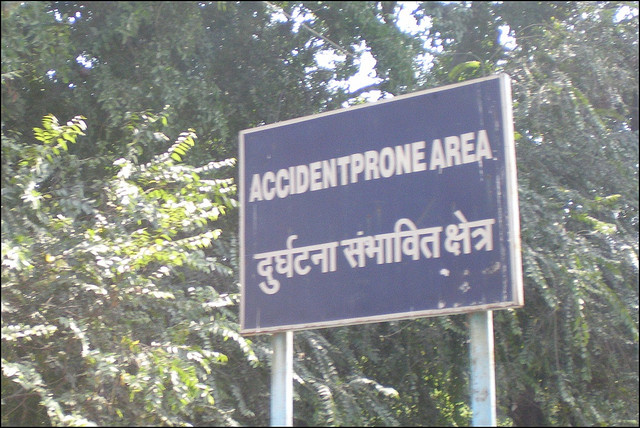
Language: hindi
Transcription: संभावित क्षेत्र दुर्घटना